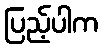
ပြည့်ပါက